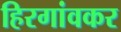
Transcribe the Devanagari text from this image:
हिरगांवकर